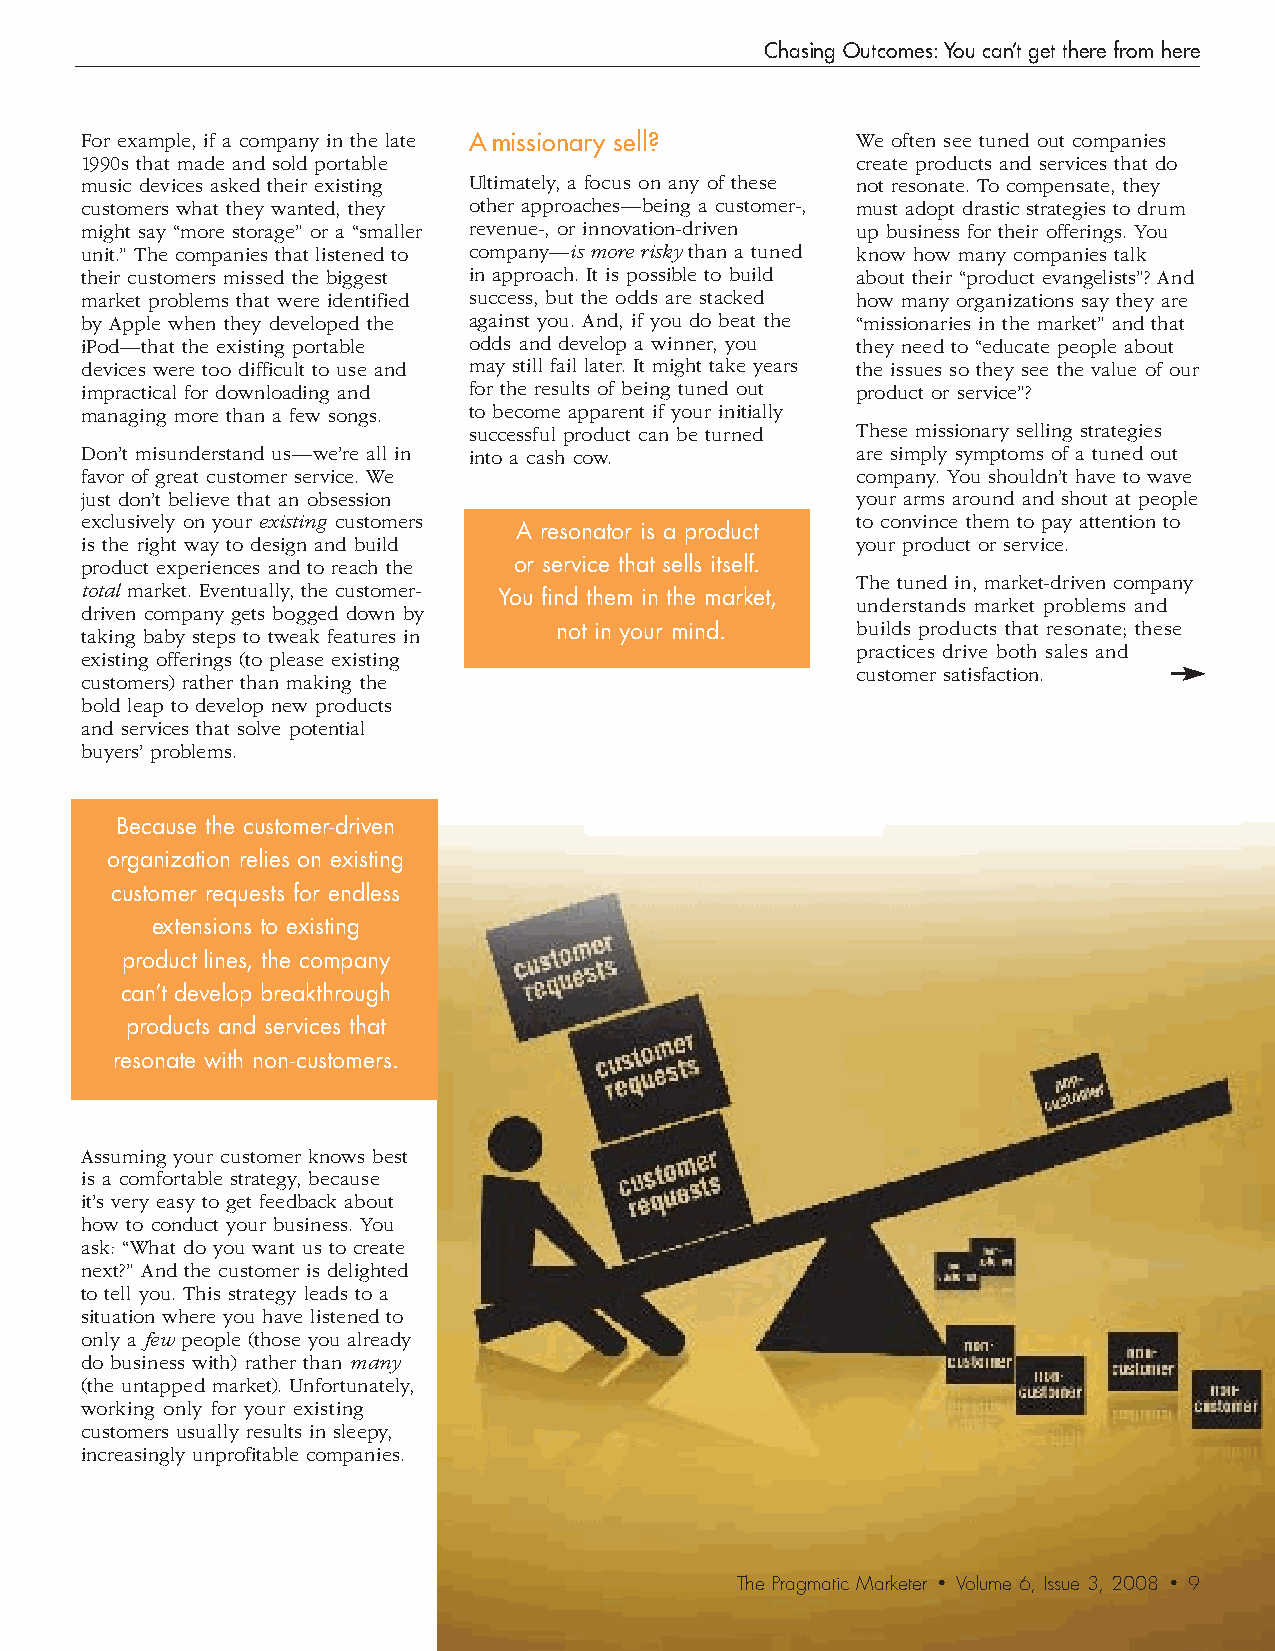
Chasing Outcomes: You can’t get there from here
 For example, if a company in the late A missionary sell? We often see tuned out companies
 1990s that made and sold portable                   create products and services that do
 music devices asked their existing Ultimately, a focus on any of these not resonate. To compensate, they
 customers what they wanted, they other approaches—being a customer-, must adopt drastic strategies to drum
 might say “more storage” or a “smaller revenue-, or innovation-driven up business for their offerings. You
 unit.” The companies that listened to company—is more risky than a tuned know how many companies talk
 their customers missed the biggest in approach. It is possible to build about their “product evangelists”? And
 market problems that were identified success, but the odds are stacked how many organizations say they are
 by Apple when they developed the against you. And, if you do beat the “missionaries in the market” and that
 iPod—that the existing portable odds and develop a winner, you they need to “educate people about
 devices were too difficult to use and may still fail later. It might take years the issues so they see the value of our
 impractical for downloading and for the results of being tuned out product or service”?
 managing more than a few songs. to become apparent if your initially
 successful product can be turned These missionary selling strategies
 Don’t misunderstand us—we’re all in into a cash cow. are simply symptoms of a tuned out
 favor of great customer service. We                 company. You shouldn’t have to wave
 just don’t believe that an obsession                your arms around and shout at people
 exclusively on your existing customers              to convince them to pay attention to
 A resonator is a product
 is the right way to design and build                your product or service.
 product experiences and to reach the or service that sells itself.
 The tuned in, market-driven company
 total market. Eventually, the customer-
 You find them in the market,
 understands market problems and
 driven company gets bogged down by
 taking baby steps to tweak features in not in your mind. builds products that resonate; these
 practices drive both sales and
 existing offerings (to please existing
 customer satisfaction.
 customers) rather than making the
 bold leap to develop new products
 and services that solve potential
 buyers’ problems.
 Because the customer-driven
 organization relies on existing
 customer requests for endless
 extensions to existing
 product lines, the company
 can’t develop breakthrough
 products and services that
 resonate with non-customers.
 Assuming your customer knows best
 is a comfortable strategy, because
 it’s very easy to get feedback about
 how to conduct your business. You
 ask: “What do you want us to create
 next?” And the customer is delighted
 to tell you. This strategy leads to a
 situation where you have listened to
 only a few people (those you already
 do business with) rather than many
 (the untapped market). Unfortunately,
 working only for your existing
 customers usually results in sleepy,
 increasingly unprofitable companies.
 The Pragmatic Marketer • Volume 6, Issue 3, 2008 • 9